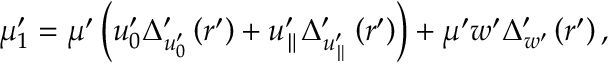
\mu _ { 1 } ^ { \prime } = \mu ^ { \prime } \left( u _ { 0 } ^ { \prime } \Delta _ { u _ { 0 } ^ { \prime } } ^ { \prime } \left( r ^ { \prime } \right) + u _ { \parallel } ^ { \prime } \Delta _ { u _ { \parallel } ^ { \prime } } ^ { \prime } \left( r ^ { \prime } \right) \right) + \mu ^ { \prime } w ^ { \prime } \Delta _ { w ^ { \prime } } ^ { \prime } \left( r ^ { \prime } \right) ,